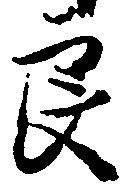
良